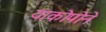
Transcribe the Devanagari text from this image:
याकोपोने